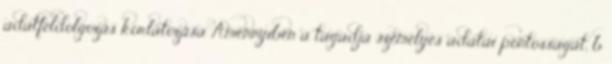
adatfeldolgozás korlátozása Amennyiben a tagadja személyes adatai pontosságát, b